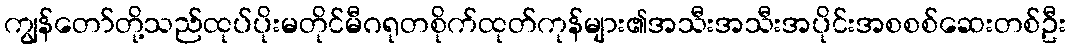
ကျွန်တော်တို့သည်ထုပ်ပိုးမတိုင်မီဂရုတစိုက်ထုတ်ကုန်များ၏အသီးအသီးအပိုင်းအစစစ်ဆေးတစ်ဦး